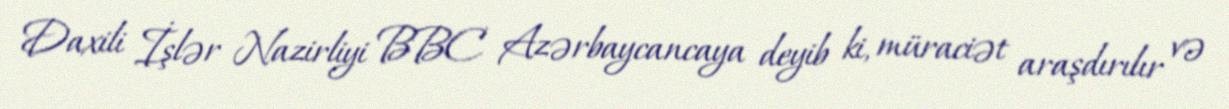
Daxili İşlər Nazirliyi BBC Azərbaycancaya deyib ki, müraciət araşdırılır və